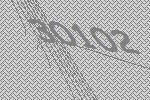
30102